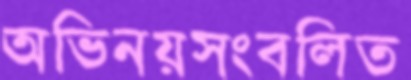
অভিনয়সংবলিত